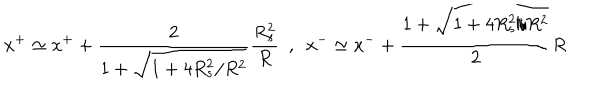
LaTeX: x ^ { + } \simeq x ^ { + } + \frac { 2 } { 1 + \sqrt { 1 + 4 R _ { s } ^ { 2 } / R ^ { 2 } } } \frac { R _ { s } ^ { 2 } } { R } \ \ , \ \ x ^ { - } \simeq x ^ { - } + \frac { 1 + \sqrt { 1 + 4 R _ { s } ^ { 2 } / R ^ { 2 } } } { 2 } R